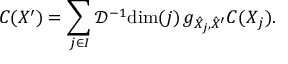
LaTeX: C ( X ^ { \prime } ) = \sum _ { j \in I } \mathcal { D } ^ { - 1 } \mathrm { d i m } ( j ) \, g _ { \hat { X } _ { j } , \hat { X } ^ { \prime } } C ( X _ { j } ) .